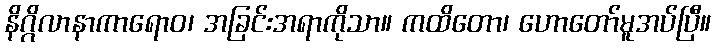
နိဂ္ဂိလာနာကာရောဝ၊ အခြင်းအရာကိုသာ။ ကထိတော၊ ဟောတော်မူအပ်ပြီ။